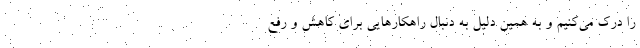
را درک می‌کنیم و به همین دلیل به دنبال راهکارهایی برای کاهش و رفع